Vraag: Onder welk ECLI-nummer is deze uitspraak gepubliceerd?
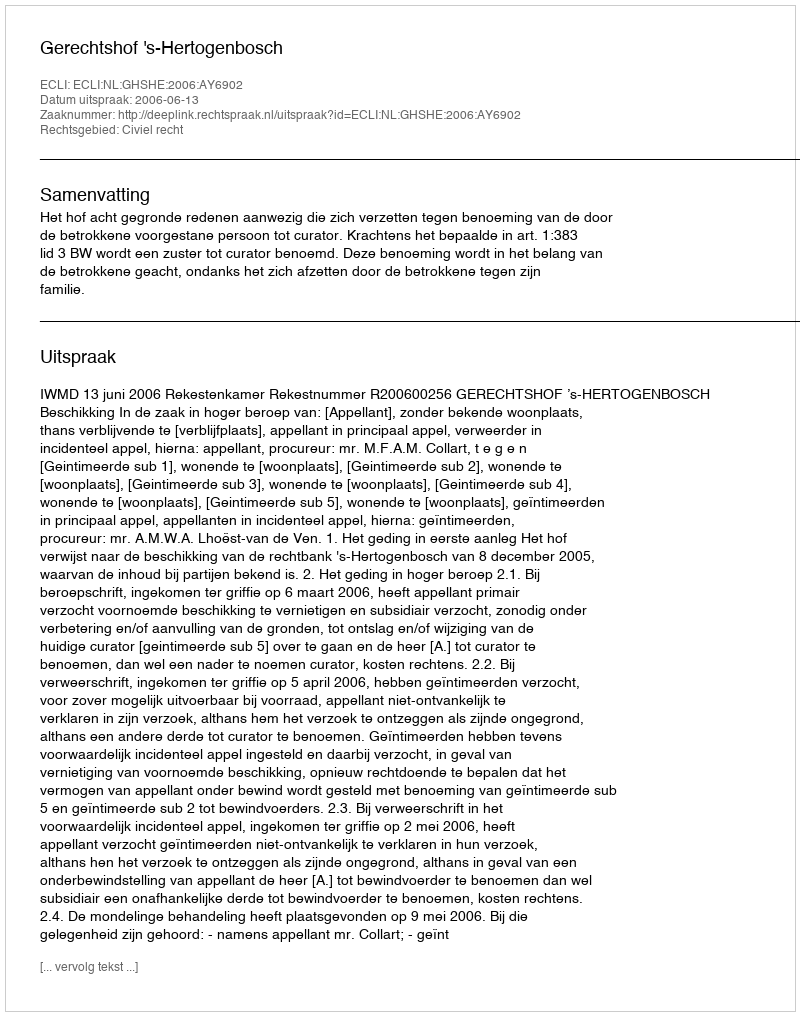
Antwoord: ECLI:NL:GHSHE:2006:AY6902